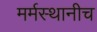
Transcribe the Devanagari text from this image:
मर्मस्थानीच